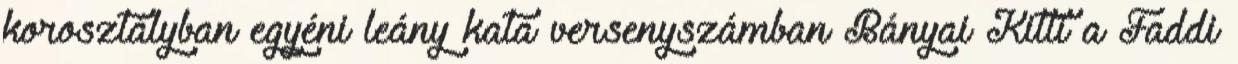
korosztályban egyéni leány kata versenyszámban Bányai Kitti a Faddi